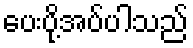
ပေးပို့အပ်ပါသည်